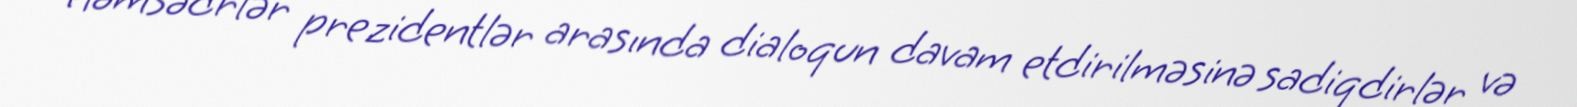
Həmsədrlər prezidentlər arasında dialoqun davam etdirilməsinə sadiqdirlər və